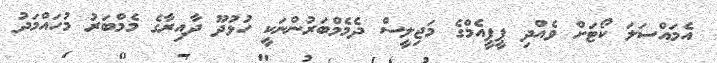
އެމައްސަލަ ކޯޓަށް ވެއްދި ޕީޕީއެމްގެ މަޖިލީސް ދެމެމްބަރުންނަކީ ހުޅުދޫ ދާއިރާގެ މެމްބަރު މުހައްމަދު